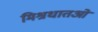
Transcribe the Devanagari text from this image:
मिश्रधातओं